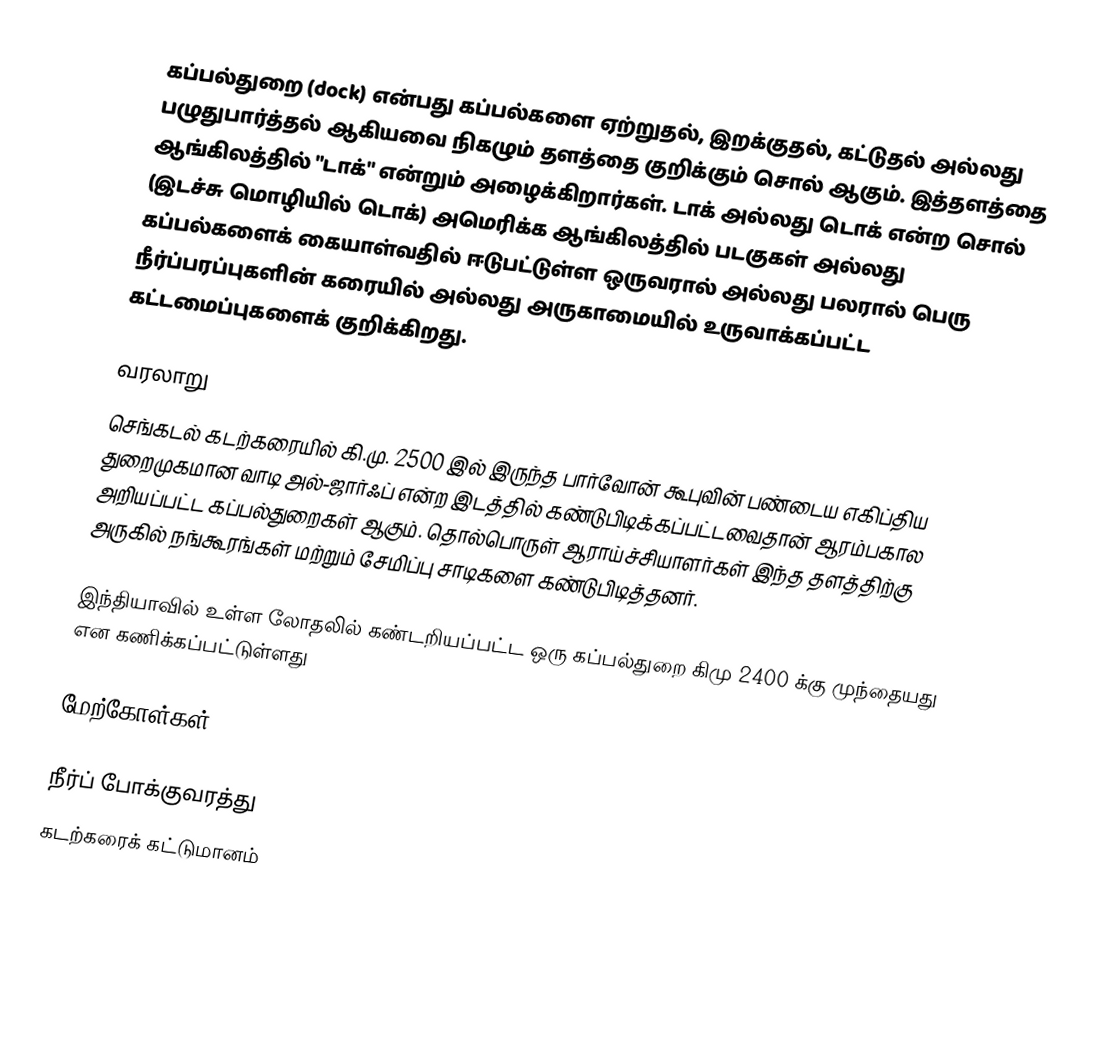
கப்பல்துறை (dock) என்பது கப்பல்களை ஏற்றுதல், இறக்குதல், கட்டுதல் அல்லது பழுதுபார்த்தல் ஆகியவை நிகழும் தளத்தை குறிக்கும் சொல் ஆகும். இத்தளத்தை ஆங்கிலத்தில் "டாக்" என்றும் அழைக்கிறார்கள். டாக் அல்லது டொக் என்ற சொல் (இடச்சு மொழியில் டொக்) அமெரிக்க ஆங்கிலத்தில் படகுகள் அல்லது கப்பல்களைக் கையாள்வதில் ஈடுபட்டுள்ள ஒருவரால் அல்லது  பலரால் பெரு நீர்ப்பரப்புகளின் கரையில் அல்லது அருகாமையில் உருவாக்கப்பட்ட கட்டமைப்புகளைக் குறிக்கிறது.

வரலாறு
செங்கடல் கடற்கரையில் கி.மு. 2500 இல் இருந்த பார்வோன் கூபுவின் பண்டைய எகிப்திய துறைமுகமான வாடி அல்-ஜார்ஃப் என்ற இடத்தில் கண்டுபிடிக்கப்பட்டவைதான் ஆரம்பகால அறியப்பட்ட கப்பல்துறைகள் ஆகும்.   தொல்பொருள் ஆராய்ச்சியாளர்கள் இந்த தளத்திற்கு அருகில் நங்கூரங்கள் மற்றும் சேமிப்பு சாடிகளை கண்டுபிடித்தனர்.

இந்தியாவில் உள்ள லோதலில் கண்டறியப்பட்ட ஒரு கப்பல்துறை கிமு 2400 க்கு முந்தையது என கணிக்கப்பட்டுள்ளது

மேற்கோள்கள்

நீர்ப் போக்குவரத்து
கடற்கரைக் கட்டுமானம்